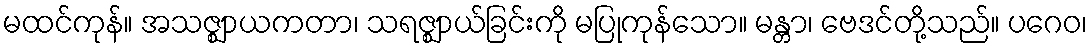
မထင်ကုန်။ အသဇ္ဈာယကတာ၊ သရဇ္ဈာယ်ခြင်းကို မပြုကုန်သော။ မန္တာ၊ ဗေဒင်တို့သည်။ ပဂေဝ၊